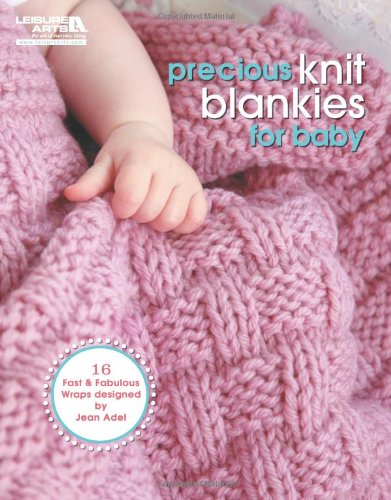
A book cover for Precious Knit Blankies for Baby (Leisure Arts# 5500); Jean Adel; Crafts, Hobbies & Home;